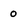
Character: o